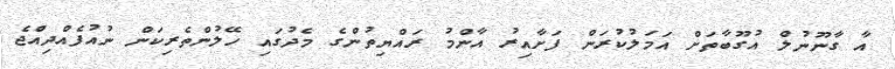
އާ ގާނޫނުލް އުގޫބާތަށް އަމަލުކުރަން ފަށާއިރު އާންމު ރައްޔިތުންގެ މެދުގައި ހޭލުންތެރިކަން ނުއުފެއްދިއްޖެ